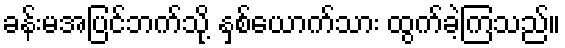
ခန်းမအပြင်ဘက်သို့ နှစ်ယောက်သား ထွက်ခဲ့ကြသည်။